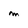
Character: m